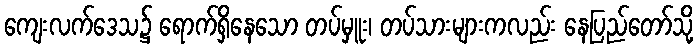
ကျေးလက်ဒေသ၌ ရောက်ရှိနေသော တပ်မှူး၊ တပ်သားများကလည်း နေပြည်တော်သို့